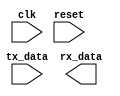
module Ethernet_bus_controller(
  input wire clk,           // Clock signal
  input wire reset,         // Reset signal
  input wire tx_data,       // Data to be transmitted
  output reg rx_data        // Received data
);

// Timing control and synchronization logic

// Insert your Verilog code here

endmodule